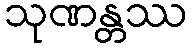
သုဏန္တဿ